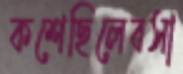
কশেছিলেবসা